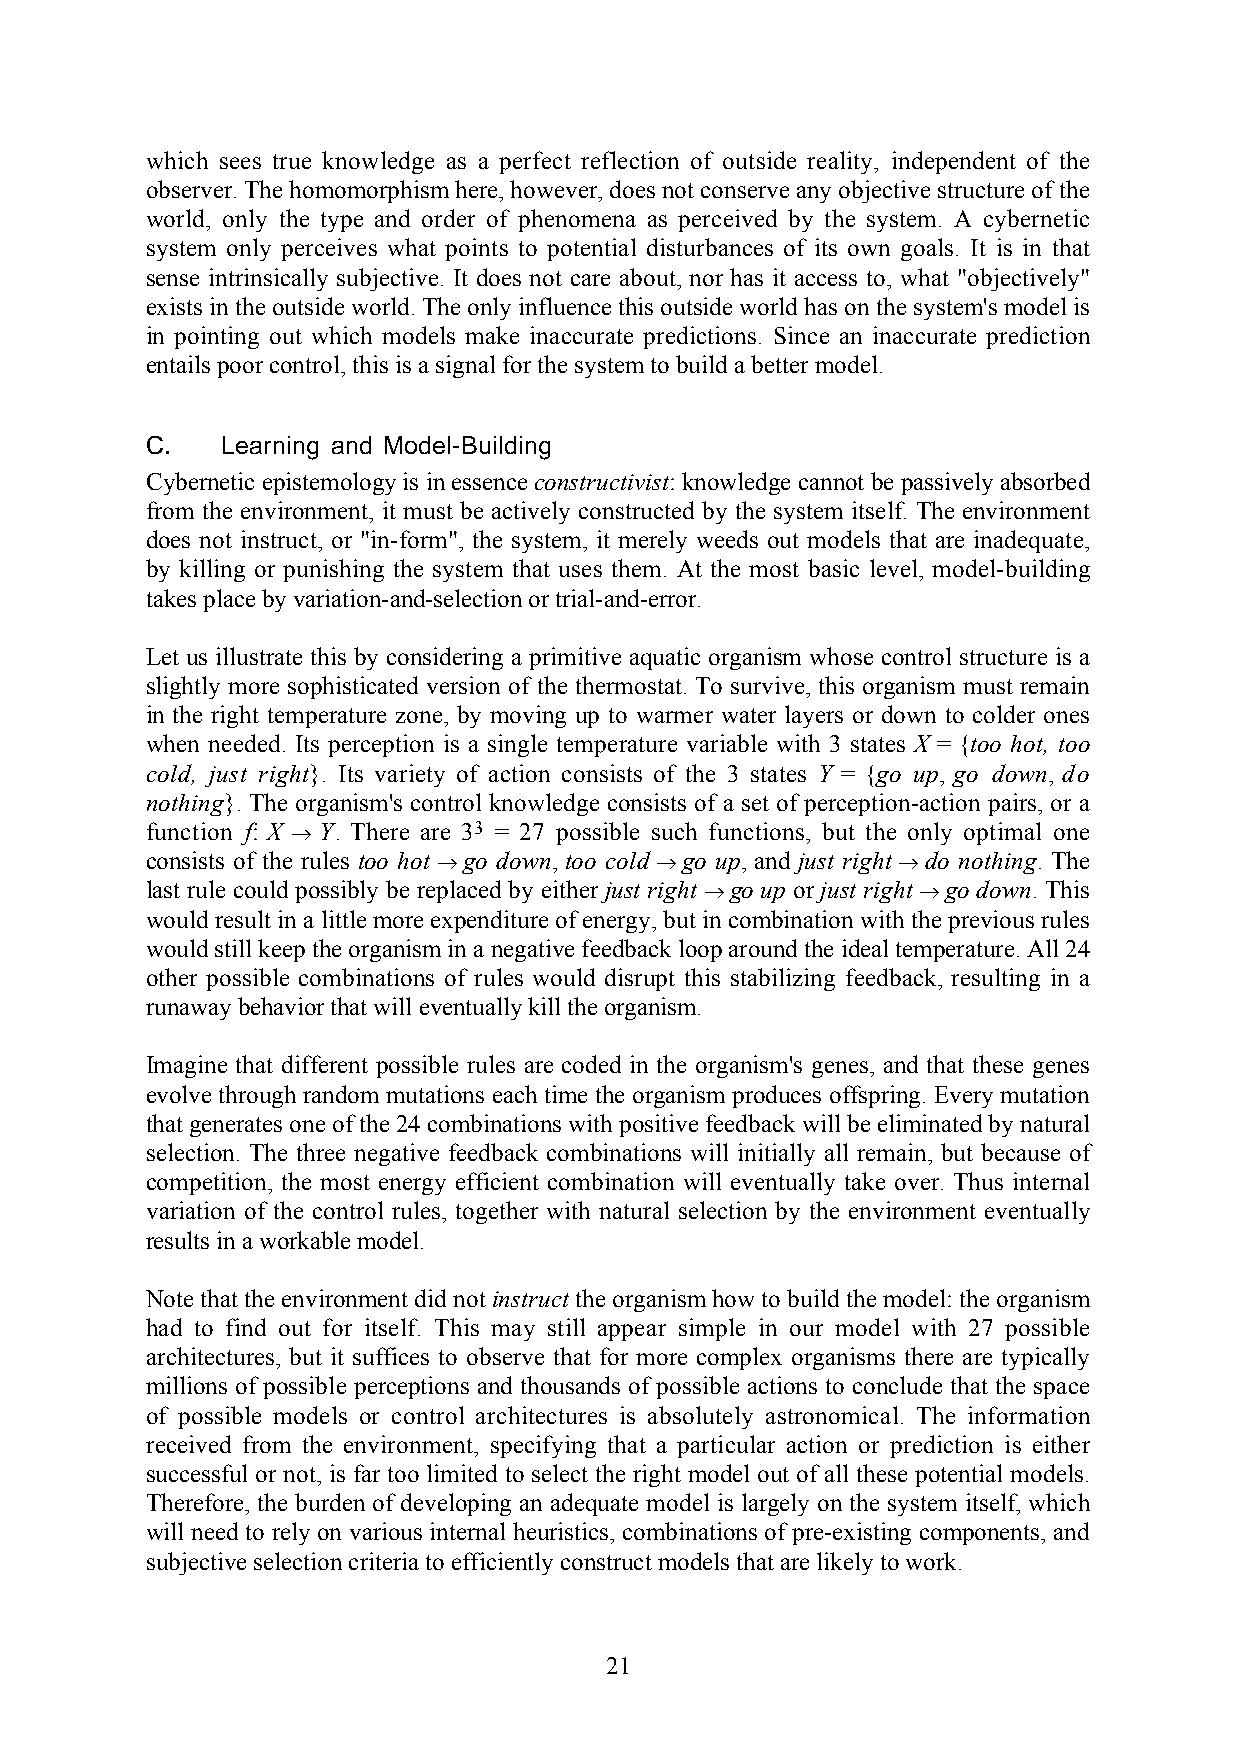
which sees true knowledge as a perfect reflection of outside reality, independent of the
 observer. The homomorphism here, however, does not conserve any objective structure of the
 world, only the type and order of phenomena as perceived by the system. A cybernetic
 system only perceives what points to potential disturbances of its own goals. It is in that
 sense intrinsically subjective. It does not care about, nor has it access to, what "objectively"
 exists in the outside world. The only influence this outside world has on the system's model is
 in pointing out which models make inaccurate predictions. Since an inaccurate prediction
 entails poor control, this is a signal for the system to build a better model.
 C.   Learning and Model-Building
 Cybernetic epistemology is in essence constructivist: knowledge cannot be passively absorbed
 from the environment, it must be actively constructed by the system itself. The environment
 does not instruct, or "in-form", the system, it merely weeds out models that are inadequate,
 by killing or punishing the system that uses them. At the most basic level, model-building
 takes place by variation-and-selection or trial-and-error.
 Let us illustrate this by considering a primitive aquatic organism whose control structure is a
 slightly more sophisticated version of the thermostat. To survive, this organism must remain
 in the right temperature zone, by moving up to warmer water layers or down to colder ones
 when needed. Its perception is a single temperature variable with 3 states X = {too hot, too
 cold, just right}. Its variety of action consists of the 3 states Y = {go up, go down, do
 nothing}. The organism's control knowledge consists of a set of perception-action pairs, or a
 function f: X → Y. There are 33 = 27 possible such functions, but the only optimal one
 consists of the rules too hot → go down, too cold → go up, and just right → do nothing. The
 last rule could possibly be replaced by either just right → go up or just right → go down. This
 would result in a little more expenditure of energy, but in combination with the previous rules
 would still keep the organism in a negative feedback loop around the ideal temperature. All 24
 other possible combinations of rules would disrupt this stabilizing feedback, resulting in a
 runaway behavior that will eventually kill the organism.
 Imagine that different possible rules are coded in the organism's genes, and that these genes
 evolve through random mutations each time the organism produces offspring. Every mutation
 that generates one of the 24 combinations with positive feedback will be eliminated by natural
 selection. The three negative feedback combinations will initially all remain, but because of
 competition, the most energy efficient combination will eventually take over. Thus internal
 variation of the control rules, together with natural selection by the environment eventually
 results in a workable model.
 Note that the environment did not instruct the organism how to build the model: the organism
 had to find out for itself. This may still appear simple in our model with 27 possible
 architectures, but it suffices to observe that for more complex organisms there are typically
 millions of possible perceptions and thousands of possible actions to conclude that the space
 of possible models or control architectures is absolutely astronomical. The information
 received from the environment, specifying that a particular action or prediction is either
 successful or not, is far too limited to select the right model out of all these potential models.
 Therefore, the burden of developing an adequate model is largely on the system itself, which
 will need to rely on various internal heuristics, combinations of pre-existing components, and
 subjective selection criteria to efficiently construct models that are likely to work.
 21